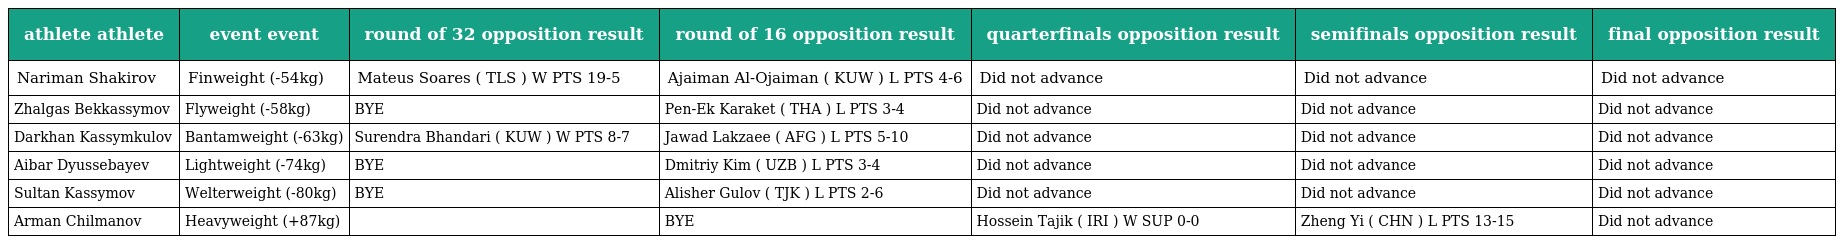
| athlete athlete | event event | round of 32 opposition result | round of 16 opposition result | quarterfinals opposition result | semifinals opposition result | final opposition result |
 | --- | --- | --- | --- | --- | --- | --- |
 | Nariman Shakirov | Finweight (-54kg) | Mateus Soares ( TLS ) W PTS 19-5 | Ajaiman Al-Ojaiman ( KUW ) L PTS 4-6 | Did not advance | Did not advance | Did not advance |
 | Zhalgas Bekkassymov | Flyweight (-58kg) | BYE | Pen-Ek Karaket ( THA ) L PTS 3-4 | Did not advance | Did not advance | Did not advance |
 | Darkhan Kassymkulov | Bantamweight (-63kg) | Surendra Bhandari ( KUW ) W PTS 8-7 | Jawad Lakzaee ( AFG ) L PTS 5-10 | Did not advance | Did not advance | Did not advance |
 | Aibar Dyussebayev | Lightweight (-74kg) | BYE | Dmitriy Kim ( UZB ) L PTS 3-4 | Did not advance | Did not advance | Did not advance |
 | Sultan Kassymov | Welterweight (-80kg) | BYE | Alisher Gulov ( TJK ) L PTS 2-6 | Did not advance | Did not advance | Did not advance |
 | Arman Chilmanov | Heavyweight (+87kg) |  | BYE | Hossein Tajik ( IRI ) W SUP 0-0 | Zheng Yi ( CHN ) L PTS 13-15 | Did not advance |